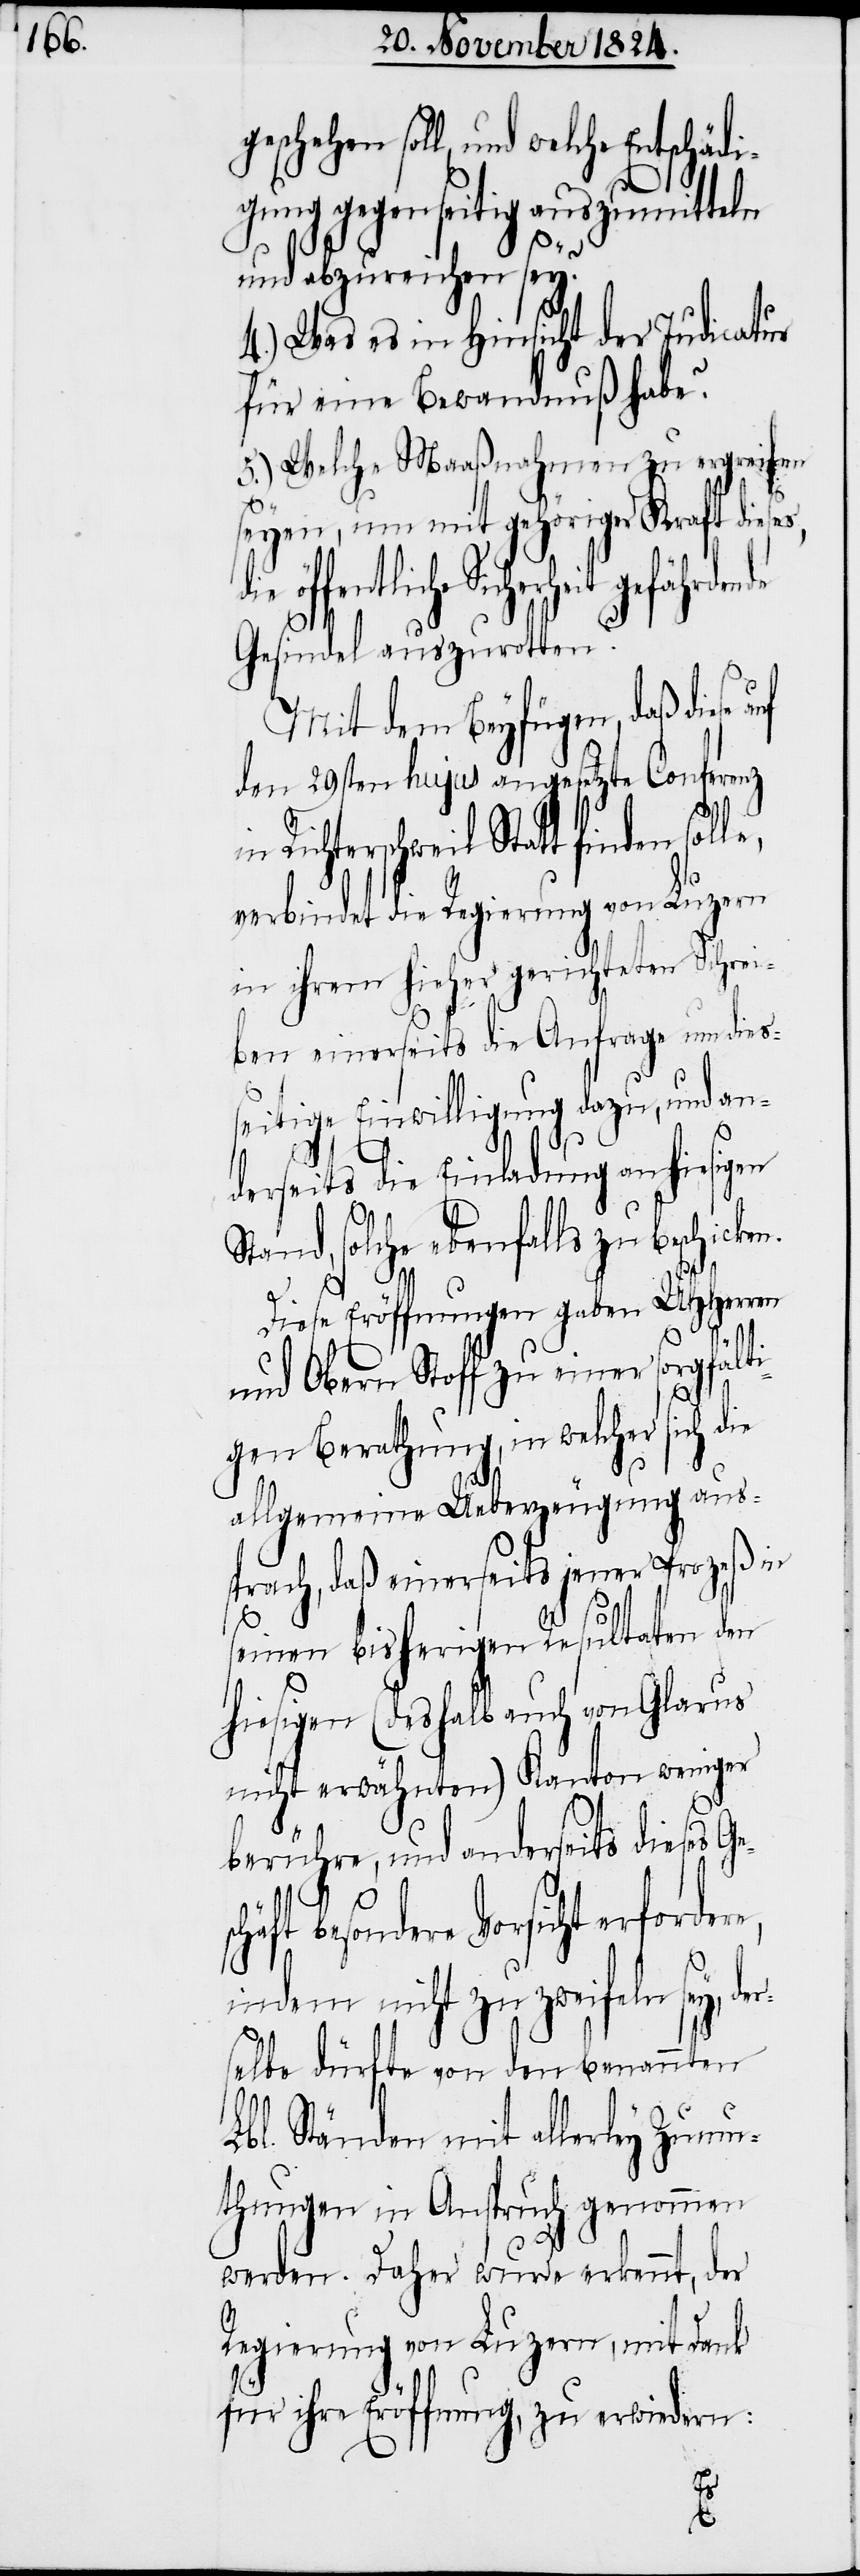
geschehen soll, und welche Entschäd¬
igung gegenseitig auszumitteln
und abzureichen sey?
4.) Was es in Hinsicht der Judicatur
für eine Bewandnuß habe?
5.) Welche Maaßnahmen zu ergreifen
seyen, um mit gehöriger Kraft dies¬
Richterschweil Statt finden
Gesindel auszurotten?
Mit dem Beyfügen, daß diese
den 29sten hujus angesetzte Conferenz
verbindet die Regierung von Luzern
in ihren hieher gerichteten Schrei¬
ben einerseits die Anfrage um dies¬
seitige Einwilligung dazu, und an¬
er¬
derseits die Einladung an hiesigen
Stand, solche ebenfalls zu beschicken.
es,
Diese Eröffnungen gaben UHHerren
und Obern Stoff zu einer sorgfält¬
igen Berathung, in welcher sich die
allgemeine Ueberzeugung aus¬
sprach, daß einerseits jener Prozeß in
seinen bisherigen Resultaten den
hiesigen (deshalb auch von Glarus
nicht erwähnten) Kanton weniger
berühre, und anderseits dieses G¬
h¬
äft besondere Vorsicht erforder¬
indem nicht zu zweifeln sey, d¬
selbe dürfte von den benannten
Lbl. Ständen mit allerley Zumu¬
thungen in Anspruch genommen
werden. Daher wurde erkennt, der
Regierung von Luzern, mit Dank
für ihre Eröffnung, zu erwiedern: